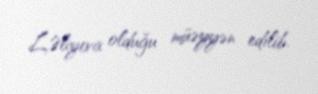
L.Əliyeva olduğu müəyyən edilib.